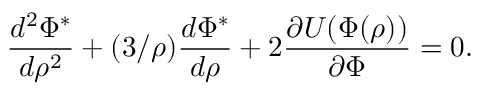
\frac { d ^ { 2 } \Phi ^ { * } } { d \rho ^ { 2 } } + ( 3 / \rho ) \frac { d \Phi ^ { * } } { d \rho } + 2 \frac { \partial U ( \Phi ( \rho ) ) } { \partial \Phi } = 0 .